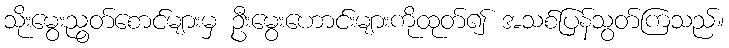
သိုးမွေးညွတ်စောင်များမှ ဦးမွေးဟောင်းများကိုထုတ်၍ အသစ်ပြန်သွတ်ကြသည်။